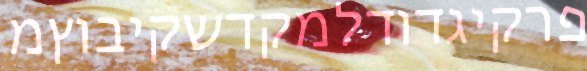
פרקיגדודלמקדשקיבוץמ